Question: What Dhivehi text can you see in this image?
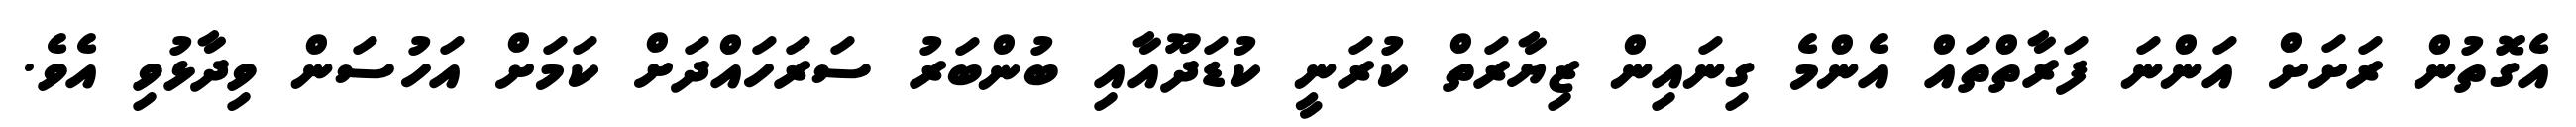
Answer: އެގޮތުން ރަށަށް އަންނަ ފަރާތްތައް އެންމެ ގިނައިން ޒިޔާރަތް ކުރަނީ ކުޑަދޫއާއި ބުންބަރު ސަރަހައްދަށް ކަމަށް އަހުސަން ވިދާޅުވި އެވެ.